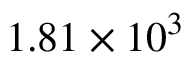
1 . 8 1 \times 1 0 ^ { 3 }